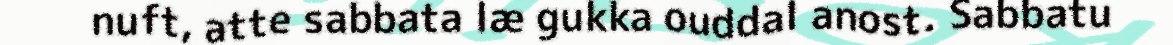
nuft, atte sabbata læ gukka ouddal anost. Sabbatu